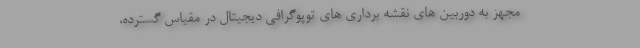
مجهز به دوربین های نقشه برداری های توپوگرافی دیجیتال در مقیاس گسترده،